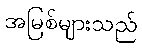
အမြစ်များသည်